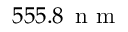
5 5 5 . 8 \ensuremath { \, \mathrm { ~ n ~ m ~ } }